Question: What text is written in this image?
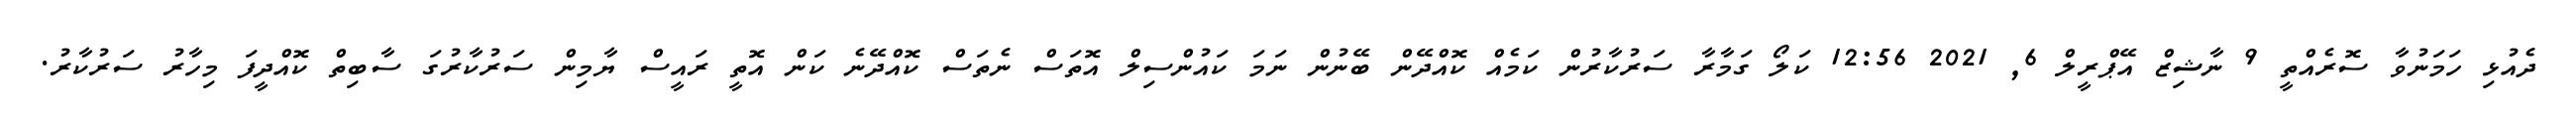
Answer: ދެއުޅި ހަމަނުވާ ސޮރެއްތީ 9 ނާޝިޒް އޭޕްރީލް 6, 2021 12:56 ކަލޯ ގަމާރާ ސަރުކާރުން ކަމެއް ކޮއްދޭން ބޭނުން ނަމަ ކައުންސިލް އޮތަސް ނެތަސް ކޮއްދޭނެ ކަން އޮތީ ރައީސް ޔާމިން ސަރުކާރުގަ ސާބިތް ކޮއްދީފަ މިހާރު ސަރުކާރު.